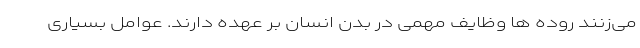
می‌زنند روده ها وظایف مهمی در بدن انسان بر عهده دارند. عوامل بسیاری